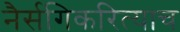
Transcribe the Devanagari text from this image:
नैर्सगिकरित्याच